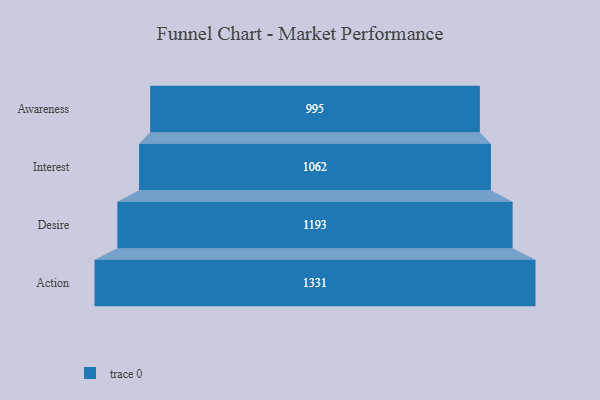
{"axis": {"x": "Stage", "y": "Value"}, "legend": [""], "data": [{"x": "Awareness", "y": 995.0, "type": ""}, {"x": "Interest", "y": 1062.0, "type": ""}, {"x": "Desire", "y": 1193.0, "type": ""}, {"x": "Action", "y": 1331.0, "type": ""}]}